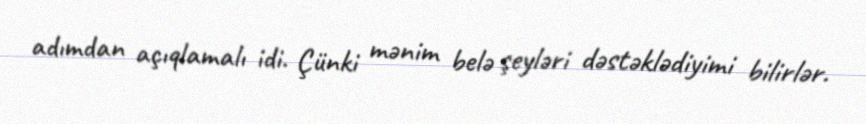
adımdan açıqlamalı idi. Çünki mənim belə şeyləri dəstəklədiyimi bilirlər.